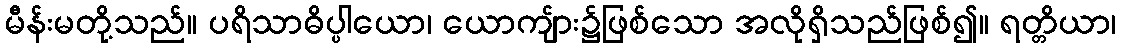
မီန်းမတို့သည်။ ပရိသာဓိပ္ပါယော၊ ယောကျ်ား၌ဖြစ်သော အလိုရှိသည်ဖြစ်၍။ ရတ္တိယာ၊